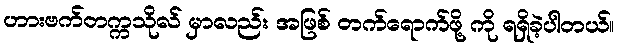
ဟားဗက်တက္ကသိုလ် မှာလည်း အဖြစ် တက်ရောက်ဖို့ ကို ရရှိခဲ့ပါတယ်။